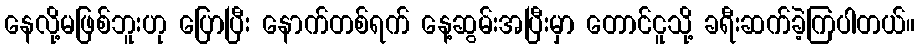
နေလို့မဖြစ်ဘူးဟု ပြောပြီး နောက်တစ်ရက် နေ့ဆွမ်းအပြီးမှာ တောင်ငူသို့ ခရီးဆက်ခဲ့ကြပါတယ်။